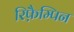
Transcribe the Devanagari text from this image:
रिफ़ैम्पिन